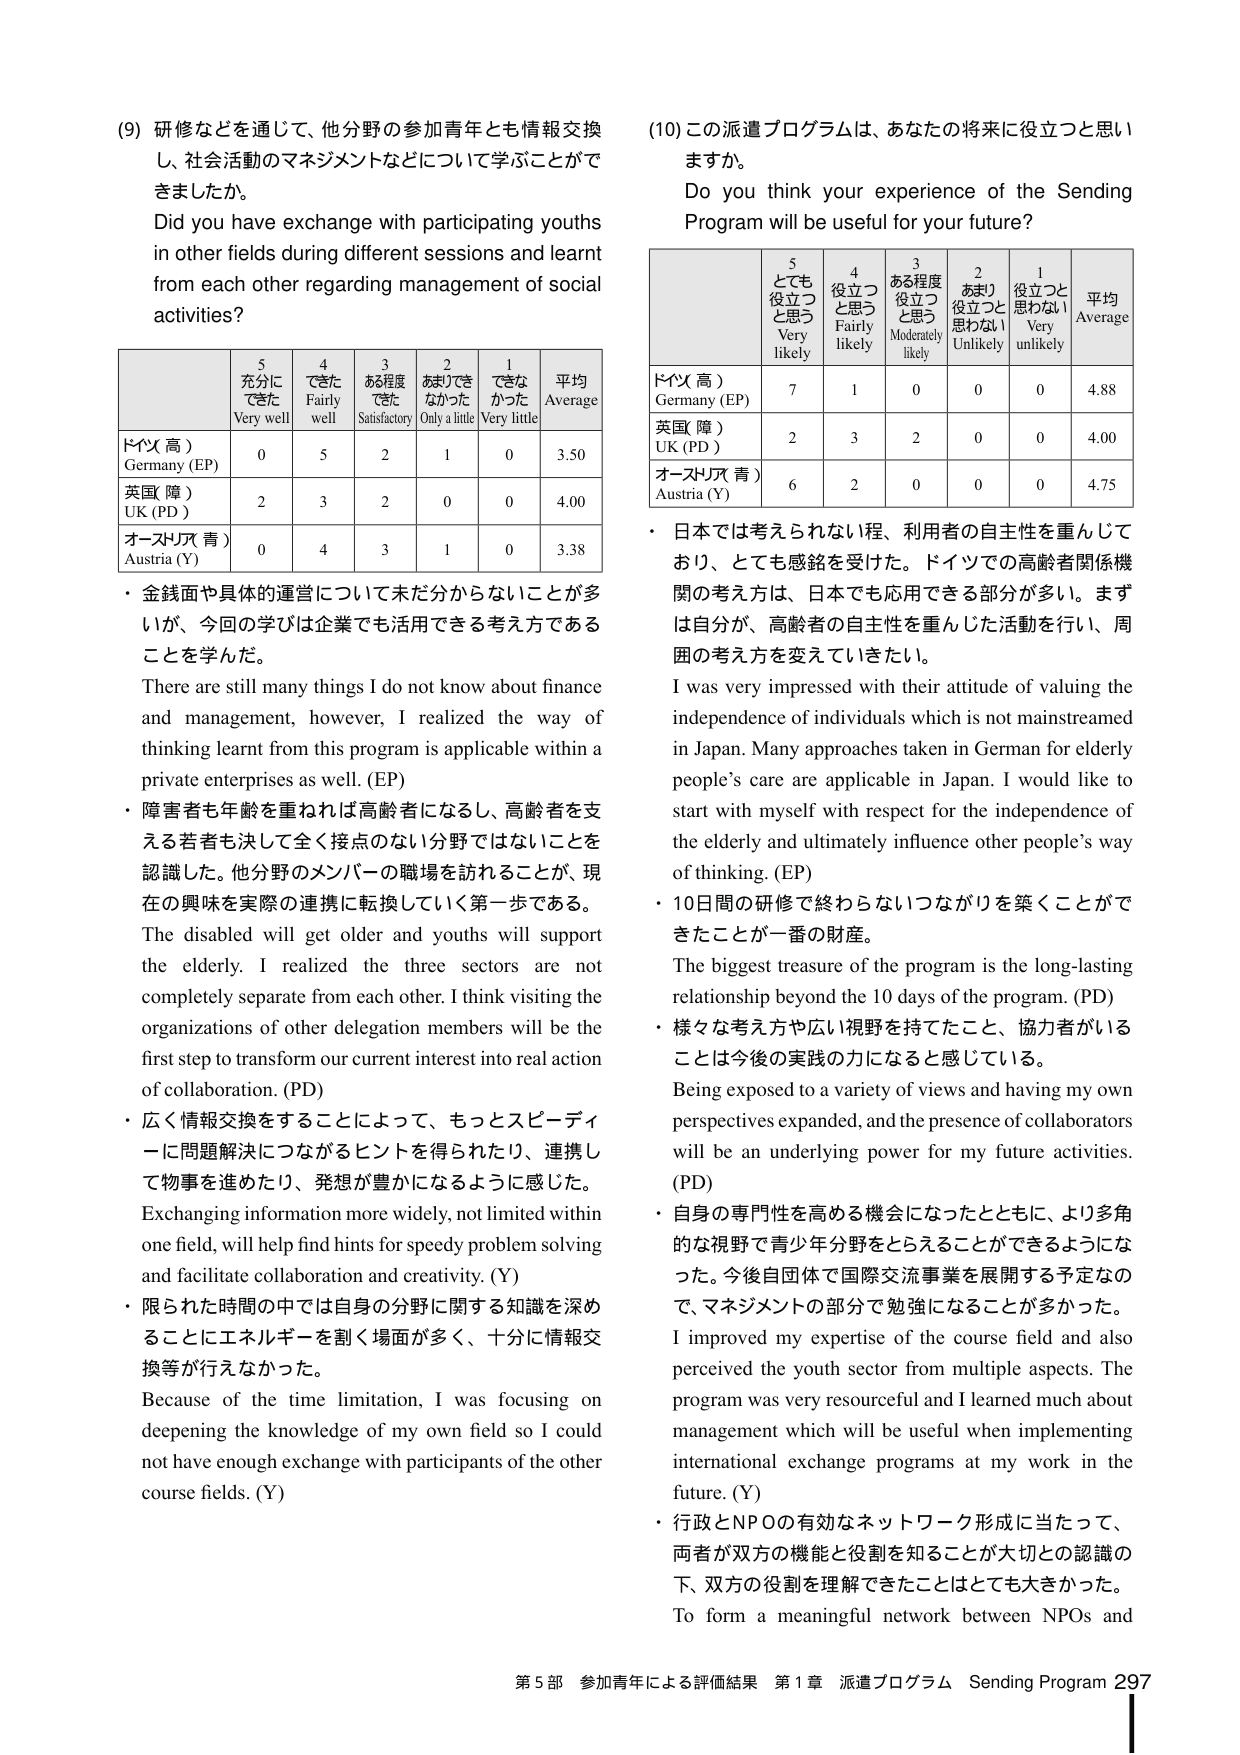
(9) 研修などを通じて、他分野の参加青年とも情報交換し、社会活動のマネジメントなどについて学ぶことができましたか。
Did you have exchange with participating youths in other fields during different sessions and learnt from each other regarding management of social activities?

5 充分にできた Very well
4 できた Fairly well
3 ある程度できた Satisfactory
2 あまりできなかった Only a little
1 できなかった Very little
平均 Average

ドイツ（高） Germany (EP)
0 5 2 1 0 3.50

英国（障） UK (PD)
2 3 2 0 0 4.00

オーストリア（青） Austria (Y)
0 4 3 1 0 3.38

・金銭面や具体的運営について未だ分からないことが多いが、今回の学びは企業でも活用できる考え方であることを学んだ。
There are still many things I do not know about finance and management, however, I realized the way of thinking learnt from this program is applicable within a private enterprises as well. (EP)

・障害者も年齢を重ねれば高齢者になるし、高齢者を支える若者も決して全く接点のない分野ではないことを認識した。他分野のメンバーの職場を訪れることが、現在の興味を実際の連携に転換していく第一歩である。
The disabled will get older and youths will support the elderly. I realized the three sectors are not completely separate from each other. I think visiting the organizations of other delegation members will be the first step to transform our current interest into real action of collaboration. (PD)

・広く情報交換をすることによって、もっとスピーディーに問題解決につながるヒントを得られたり、連携して物事を進めたり、発想が豊かになるように感じた。
Exchanging information more widely, not limited within one field, will help find hints for speedy problem solving and facilitate collaboration and creativity. (Y)

・限られた時間の中では自身の分野に関する知識を深めることにエネルギーを割く場面が多く、十分に情報交換等が行えなかった。
Because of the time limitation, I was focusing on deepening the knowledge of my own field so I could not have enough exchange with participants of the other course fields. (Y)

(10) この派遣プログラムは、あなたの将来に役立つと思いますか。
Do you think your experience of the Sending Program will be useful for your future?

5 とても役立つと思う Very likely
4 役立つと思う Fairly likely
3 ある程度役立つと思う Moderately likely
2 あまり役立つと思わない Unlikely
1 役立つと思わない Very unlikely
平均 Average

ドイツ（高） Germany (EP)
7 1 0 0 0 4.88

英国（障） UK (PD)
2 3 2 0 0 4.00

オーストリア（青） Austria (Y)
6 2 0 0 0 4.75

・日本では考えられない程、利用者の自主性を重んじており、とても感銘を受けた。ドイツでの高齢者関係機関の考え方は、日本でも応用できる部分が多い。まずは自分が、高齢者の自主性を重んじた活動を行い、周囲の考え方を変えていきたい。
I was very impressed with their attitude of valuing the independence of individuals which is not mainstreamed in Japan. Many approaches taken in German for elderly people’s care are applicable in Japan. I would like to start with myself with respect for the independence of the elderly and ultimately influence other people’s way of thinking. (EP)

・10日間の研修で終わらないつながりを築くことができたことが一番の財産。
The biggest treasure of the program is the long-lasting relationship beyond the 10 days of the program. (PD)

・様々な考え方や広い視野を持てたこと、協力者がいることは今後の実践の力になると感じている。
Being exposed to a variety of views and having my own perspectives expanded, and the presence of collaborators will be an underlying power for my future activities. (PD)

・自身の専門性を高める機会になったとともに、より多角的な視野で青少年分野をとらえることができるようになった。今後自団体で国際交流事業を展開する予定なので、マネジメントの部分で勉強になることが多かった。
I improved my expertise of the course field and also perceived the youth sector from multiple aspects. The program was very resourceful and I learned much about management which will be useful when implementing international exchange programs at my work in the future. (Y)

・行政とNPOの有効なネットワーク形成に当たって、両者が双方の機能と役割を知ることが大切との認識の下、双方の役割を理解できたことはとても大きかった。
To form a meaningful network between NPOs and

第5部 参加青年による評価結果 第1章 派遣プログラム Sending Program 297